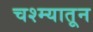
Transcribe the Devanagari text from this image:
चश्म्यातून